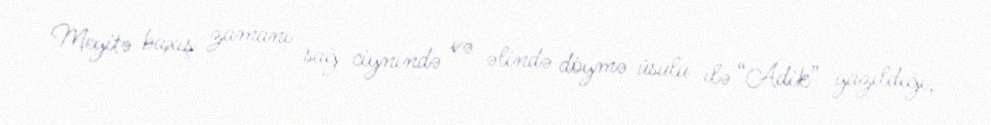
Meyitə baxış zamanı sağ ciynində və əlində döymə üsulu ilə “Adik” yazıldığı,